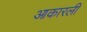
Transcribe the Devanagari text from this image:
आकारली